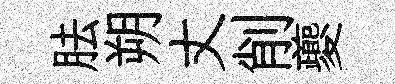
胠朔丈削夔